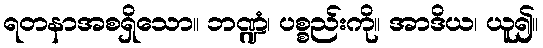
ရတနာအစရှိသော။ ဘဏ္ဍံ၊ ပစ္စည်းကို။ အာဒိယ၊ ယူ၍။